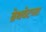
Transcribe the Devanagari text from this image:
ब्रेथवेटच्या